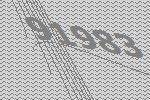
91983